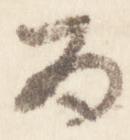
為